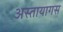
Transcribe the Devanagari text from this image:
अस्तायागस